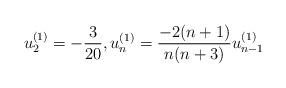
LaTeX: \begin{align*}u_2^{(1)}=-\dfrac{3}{20}, u_n^{(1)}=\dfrac{-2(n+1)}{n(n+3)}u_{n-1}^{(1)}\end{align*}